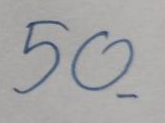
50